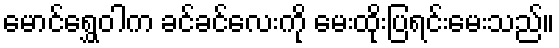
မောင်ရွှေဝါက ခင်ခင်လေးကို မေးထိုးပြရင်းမေးသည်။